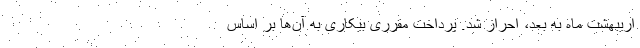
اریبهشت ماه به بعد، احراز شد. پرداخت مقرری بیکاری به آن‌ها بر اساس